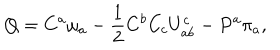
Q = C ^ { a } \omega _ { a } - { \frac { 1 } { 2 } } C ^ { b } C _ { c } U _ { a b } ^ { c } - P ^ { a } \pi _ { a } ,